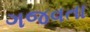
ગજવતા